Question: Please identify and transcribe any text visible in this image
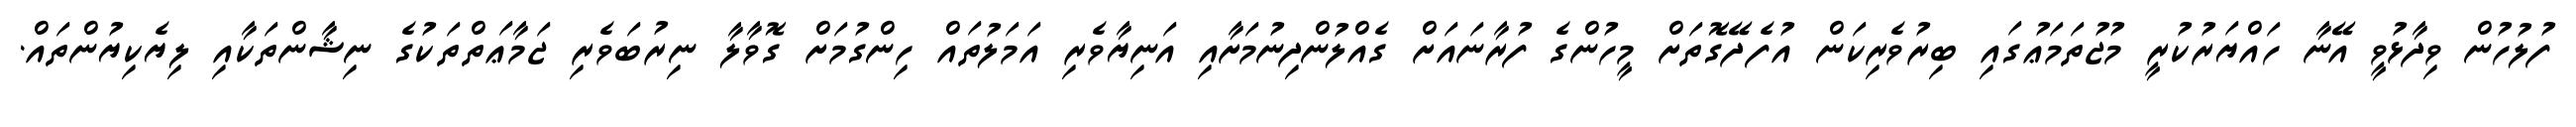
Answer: ފުލުހުން ވިދާޅުވީ އޭނާ ހައްޔަރުކުރީ މުޖުތަމަޢުގައި ބިރުވެރިކަން އުފެދޭގޮތަށް މީހުންގެ ފުރާނައަށް ގެއްލުންދިނުމަށާއި އަނިޔާވެރި އަމަލުތައް ހިންގުމަށް ގޮވާލާ ނިރުބަވެރި ޖަމާޢަތްތަކުގެ ނިޝާންތަކާއި ލިޔެކިޔުންތައް.